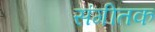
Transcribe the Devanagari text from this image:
संगीतक